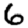
Digit: 6